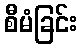
စီမံခြင်း